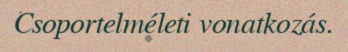
Csoportelméleti vonatkozás.